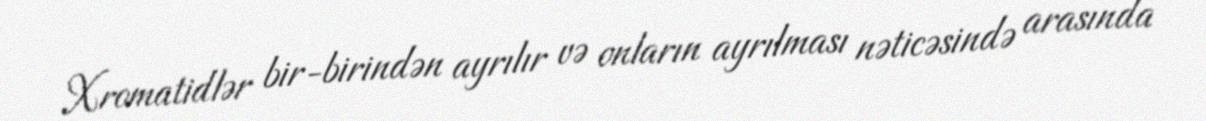
Xromatidlər bir-birindən ayrılır və onların ayrılması nəticəsində arasında